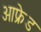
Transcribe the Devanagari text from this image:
आफ्रेड